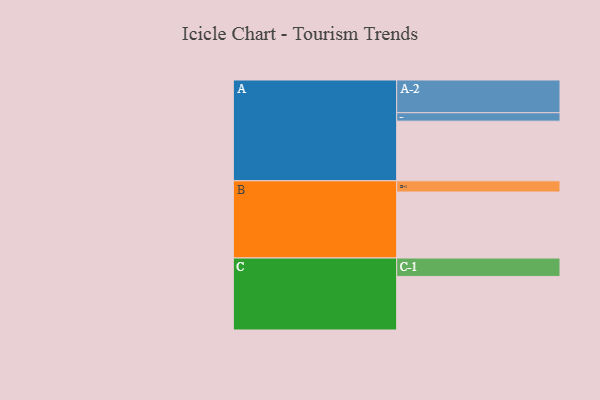
{"axis": {"x": "Segment", "y": "Value"}, "legend": ["", "A", "B", "C"], "data": [{"x": "A", "y": 538, "type": ""}, {"x": "B", "y": 595, "type": ""}, {"x": "C", "y": 483, "type": ""}, {"x": "A-1", "y": 76, "type": "A"}, {"x": "A-2", "y": 295, "type": "A"}, {"x": "B-1", "y": 101, "type": "B"}, {"x": "C-1", "y": 166, "type": "C"}]}